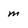
Character: m